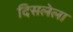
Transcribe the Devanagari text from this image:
दिसलेला